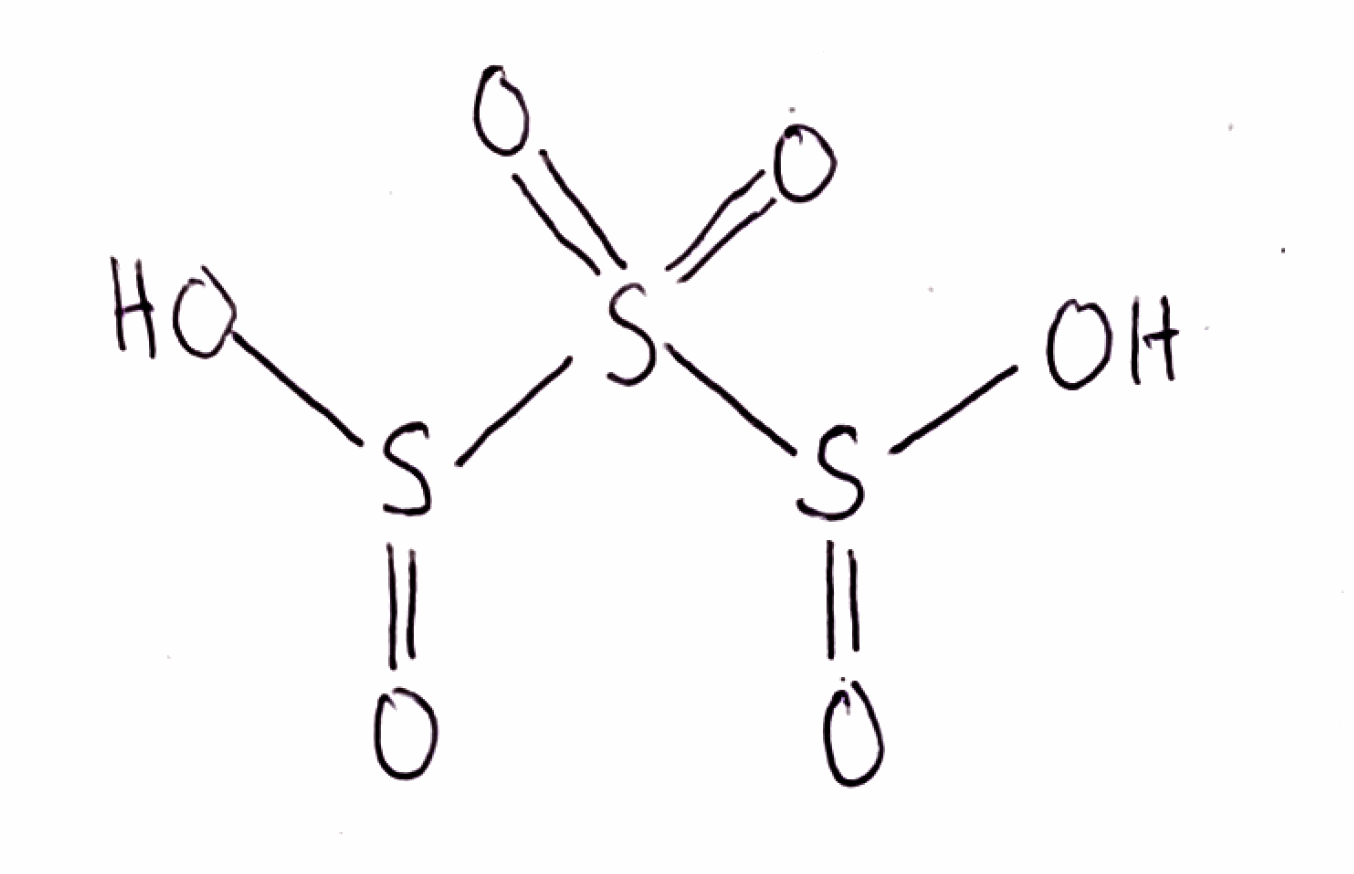
Simplified molecular-input line-entry system (SMILES) notation of the given molecule:
OS(=O)S(=O)(=O)S(=O)O